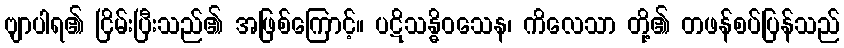
ဗျာပါရ၏ ငြိမ်းပြီးသည်၏ အဖြစ်ကြောင့်။ ပဋိသန္ဓိဝသေန၊ ကိလေသာ တို့၏ တဖန်စပ်ပြန်သည်